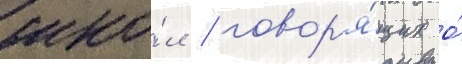
шко́л / говор'я́щих о́